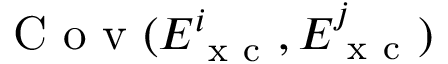
\mathrm { ~ C ~ o ~ v ~ } ( E _ { \mathrm { ~ x ~ c ~ } } ^ { i } , E _ { \mathrm { ~ x ~ c ~ } } ^ { j } )